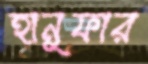
হানুফার